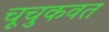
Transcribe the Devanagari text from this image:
चूचुकवत